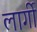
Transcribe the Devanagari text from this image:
लार्गी